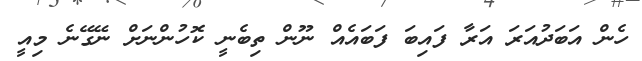
ހެން އަބަދުއަރަ އަރާ ފައިބަ ފަބައެއް ނޫން ތިބެނީ ކޮހުންނަށް ނޭގޭނެ މިއީ